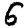
Digit: 6